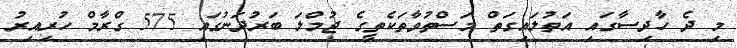
މި ދެ ހާދިސާގައި އަތުލައިގަތް މަސްތުވާތަކެތީގެ ޖުމްލަ ބަރުދަނުގައި 575 ގްރާމް ހުރިއިރު